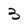
Character: 3